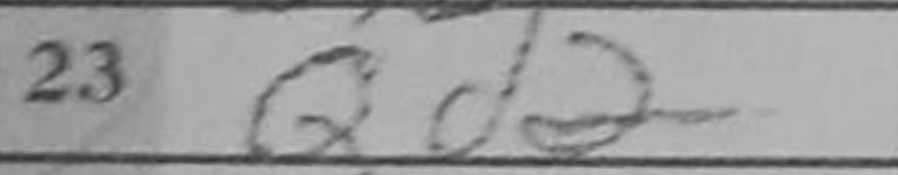
Transcription: Qd2